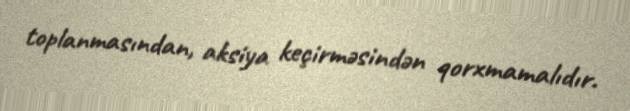
toplanmasından, aksiya keçirməsindən qorxmamalıdır.